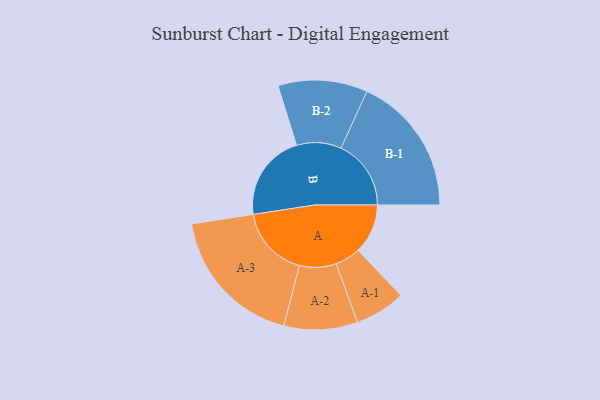
{"axis": {"x": "Segment", "y": "Value"}, "legend": ["", "A", "B"], "data": [{"x": "A", "y": 200, "type": ""}, {"x": "B", "y": 351, "type": ""}, {"x": "A-1", "y": 102, "type": "A"}, {"x": "A-2", "y": 148, "type": "A"}, {"x": "A-3", "y": 288, "type": "A"}, {"x": "B-1", "y": 282, "type": "B"}, {"x": "B-2", "y": 180, "type": "B"}]}